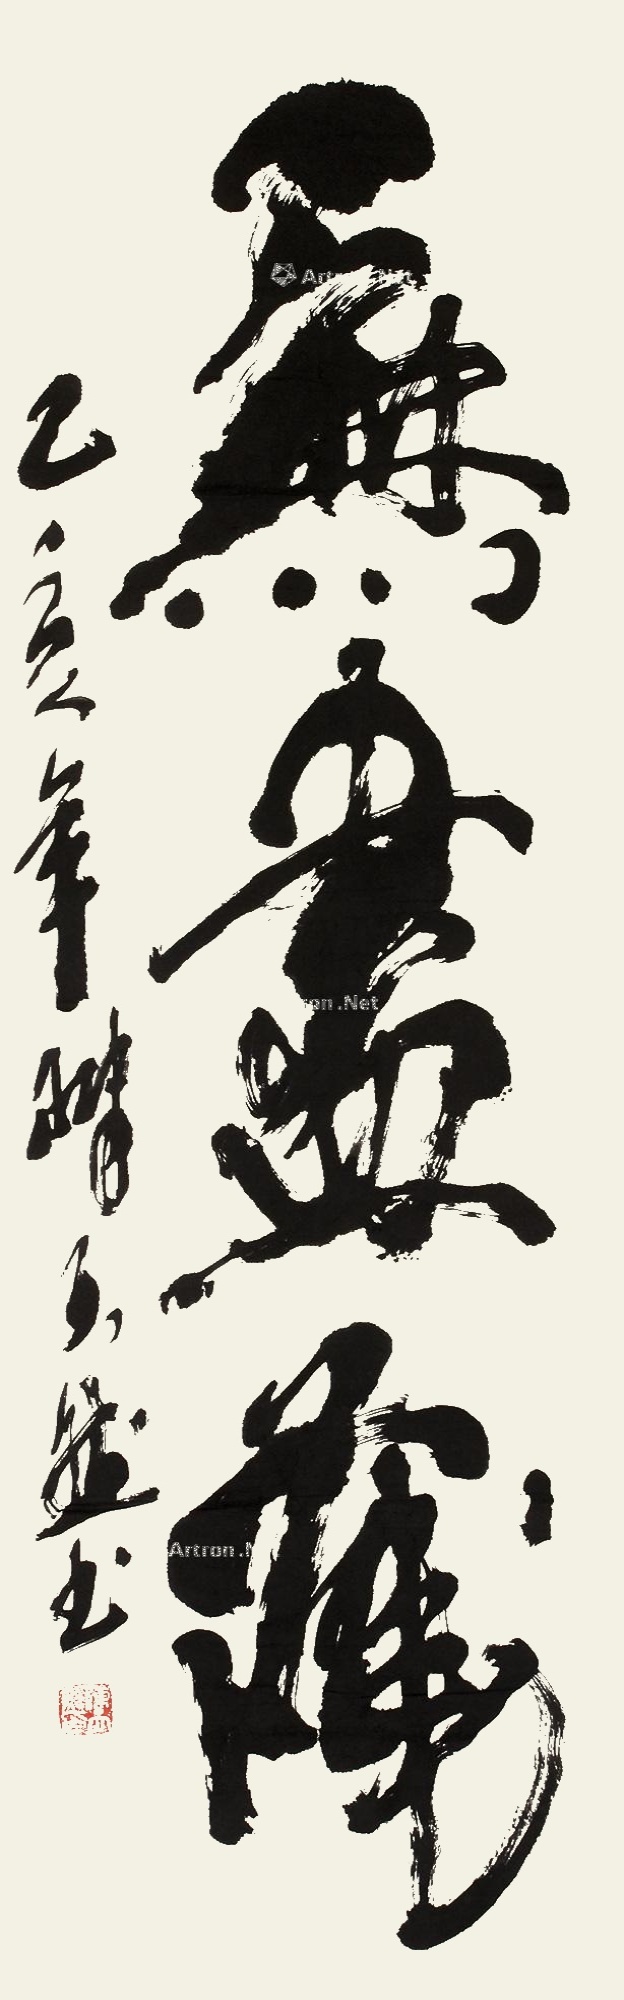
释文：无尽藏。乙亥年，陈天然书。